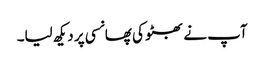
آپ نے بھٹو کی پھانسی پر دیکھ لیا۔